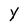
Character: Y